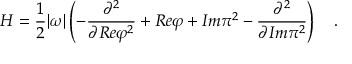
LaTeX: H = \frac { 1 } { 2 } | \omega | \left( - \frac { \partial ^ { 2 } } { \partial R e \varphi ^ { 2 } } + R e \varphi + I m \pi ^ { 2 } - \frac { \partial ^ { 2 } } { \partial I m \pi ^ { 2 } } \right) \ \ \ .